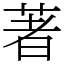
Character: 著